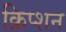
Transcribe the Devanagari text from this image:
क्रिप्शन